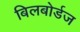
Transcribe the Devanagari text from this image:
बिलबोर्डज